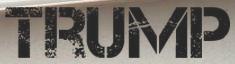
TRUMP